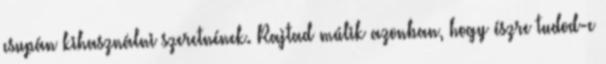
csupán kihasználni szeretnének. Rajtad múlik azonban, hogy észre tudod-e